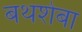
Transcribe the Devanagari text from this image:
बथशेबा